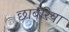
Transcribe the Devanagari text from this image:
छाबरिया